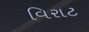
વિરાટ